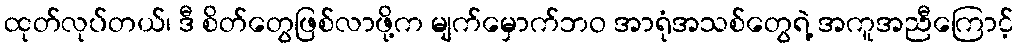
ထုတ်လုပ်တယ်၊ ဒီ စိတ်တွေဖြစ်လာဖို့က မျက်မှောက်ဘဝ အာရုံအသစ်တွေရဲ့ အကူအညီကြောင့်